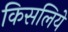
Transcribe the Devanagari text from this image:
किसलिये